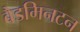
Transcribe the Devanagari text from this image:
बैडमिनटन